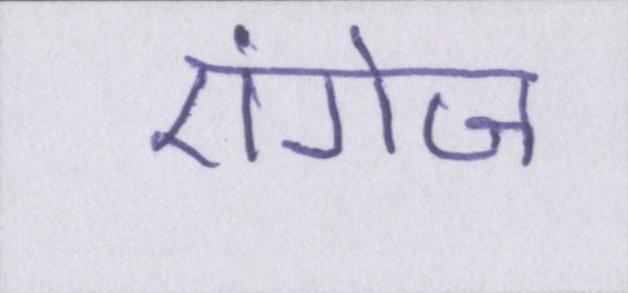
एंगेज